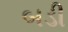
બડી